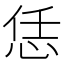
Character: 恁